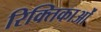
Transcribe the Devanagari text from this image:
रिक्तिकाओं